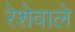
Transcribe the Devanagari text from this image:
रेशेवाले